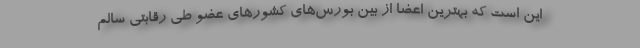
این است که بهترین اعضا از بین بورس‌های کشورهای عضو طی رقابتی سالم